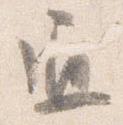
通